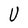
Character: U